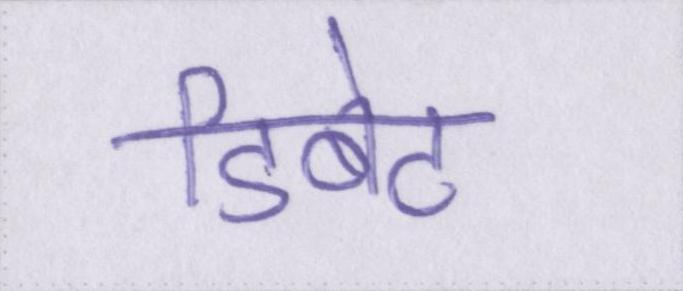
डिबेट